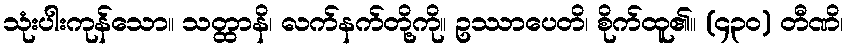
သုံးပါးကုန်သော။ သတ္ထာနိ၊ လက်နက်တို့ကို။ ဥဿာပေတိ၊ စိုက်ထူ၏။ (၄၃၀) တီဏိ၊